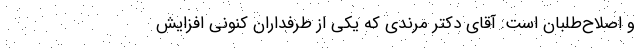
و اصلاح‌طلبان است. آقای دکتر مرندی که یکی از طرفداران کنونی افزایش